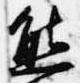
熊